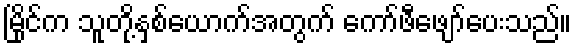
မြိုင်က သူတို့နှစ်ယောက်အတွက် ကော်ဖီဖျော်ပေးသည်။